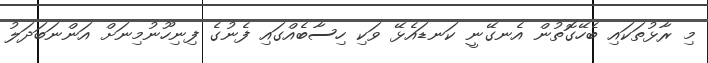
މި ރާޅުތަކައި ބެހޭގޮތުން އެނގޭނީ ކަނޑައެޅޭ ވަކި ހިސާބެއްގައި ފެނުގެ ފިނިހޫނުމިނަށް އަންނަބަދަލު